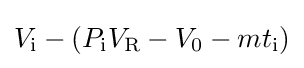
V_{\text{i}}-(P_{\text{i}}V_{\text{R}}-V_{0}-mt_{\text{i}})